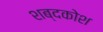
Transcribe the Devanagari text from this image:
शब्‍दकोश